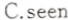
C.seen